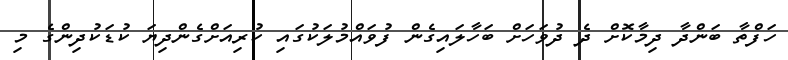
ހަފްތާ ބަންދާ ދިމާކޮށް ދެ ދުވަހަށް ބަހާލައިގެން ފުވައްމުލަކުގައި ކުރިއަށްގެންދިޔަ ކުޑަކުދިންގެ މި